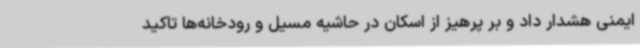
ایمنی هشدار داد و بر پرهیز از اسکان در حاشیه مسیل و رودخانه‌ها تاکید